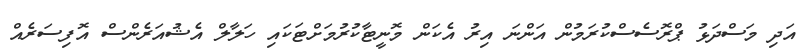
އަދި މަސްދަޅު ޕްރޮސެސްކުރަމުން އަންނަ އިރު އެކަން މޮނީޓާކުރުމަށްޓަކައި ހަލާލް އެޝުއަރެންސް އޮފިސަރެއް